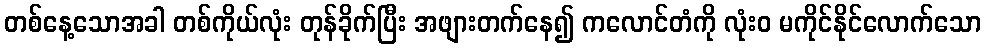
တစ်နေ့သောအခါ တစ်ကိုယ်လုံး တုန်ခိုက်ပြီး အဖျားတက်နေ၍ ကလောင်တံကို လုံးဝ မကိုင်နိုင်လောက်သော